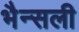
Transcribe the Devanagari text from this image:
भैन्सली